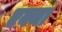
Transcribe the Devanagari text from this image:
एक्या